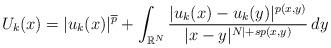
LaTeX: \begin{align*} U_k(x)= |u_k(x)|^{{\overline{p}}}+\int_{\mathbb{R}^{N}}\frac{|u_k(x)-u_k(y)|^{p(x,y)}}{|x-y|^{N|+sp(x,y)}}\,dy \end{align*}